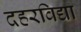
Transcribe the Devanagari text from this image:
दहरविद्या